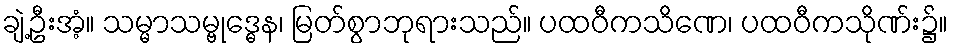
ချဲ့ဦးအံ့။ သမ္မာသမ္ဗုဒ္ဓေန၊ မြတ်စွာဘုရားသည်။ ပထဝီကသိဏေ၊ ပထဝီကသိုဏ်း၌။